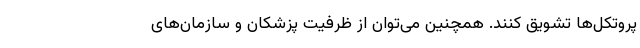
پروتکل‌ها تشویق کنند. همچنین می‌توان از ظرفیت پزشکان و سازمان‌های